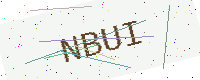
Text: NBUI